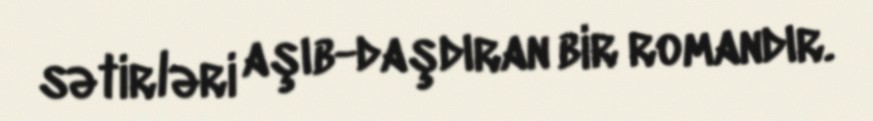
sətirləri aşıb-daşdıran bir romandır.